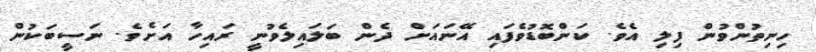
ހިނިތުންވުން ފިލި އެވެ. ކަންބޮޑުވެފައި އޭނައަށް ދެން ބަލައިލެވުނީ ރައިހާ އަށެވެ. ނަސީބަކުން